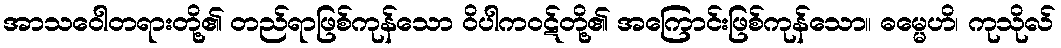
အာသဝေါတရားတို့၏ တည်ရာဖြစ်ကုန်သော ဝိပါကဝဋ်တို့၏ အကြောင်းဖြစ်ကုန်သော။ ဓမ္မေဟိ၊ ကုသိုလ်